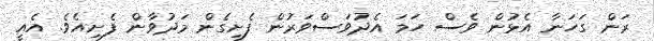
ރަން ގަހަނާ އެޅުން ވެސް ހަމަ އެދުވަސްވަރުން ފެށިގެން މަދުވާން ފެށިއެވެ. އެއީ